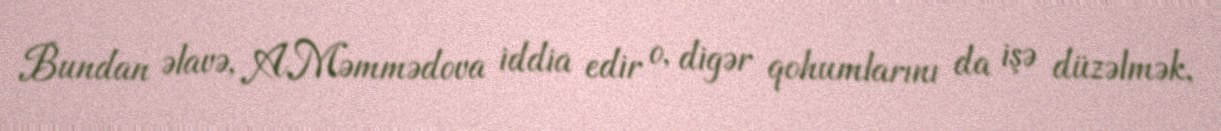
Bundan əlavə, A.Məmmədova iddia edir o, digər qohumlarını da işə düzəlmək,